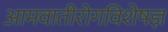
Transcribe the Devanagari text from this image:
आमवातीरोगविशेषज्ञ